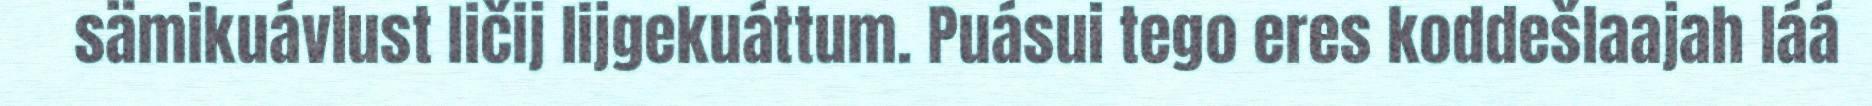
sämikuávlust ličij lijgekuáttum. Puásui tego eres koddešlaajah láá